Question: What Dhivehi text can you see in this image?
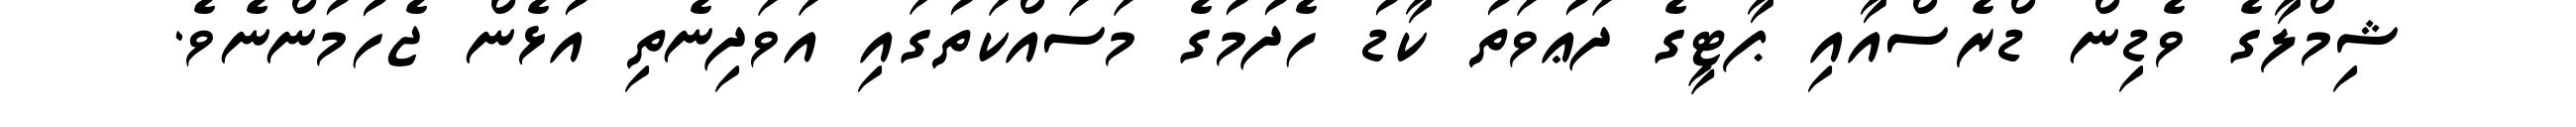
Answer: ޝިމްލާގެ ވެޑިން ޑްރެސްއާއި ޕާޓީގެ ދަޢުވަތު ކާޑު ހެދުމުގެ މަސައްކަތުގައި އަވަދިނެތި އުޅެން ޖެހުމުންނެވެ.